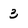
Character: 3